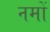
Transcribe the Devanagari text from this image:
नमों